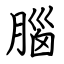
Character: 腦